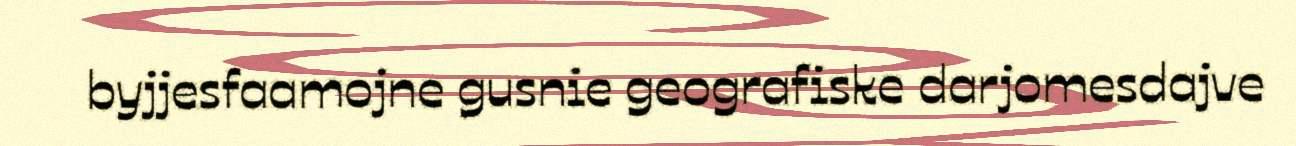
byjjesfaamojne gusnie geografiske darjomesdajve